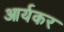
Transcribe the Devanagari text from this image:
आर्यकर